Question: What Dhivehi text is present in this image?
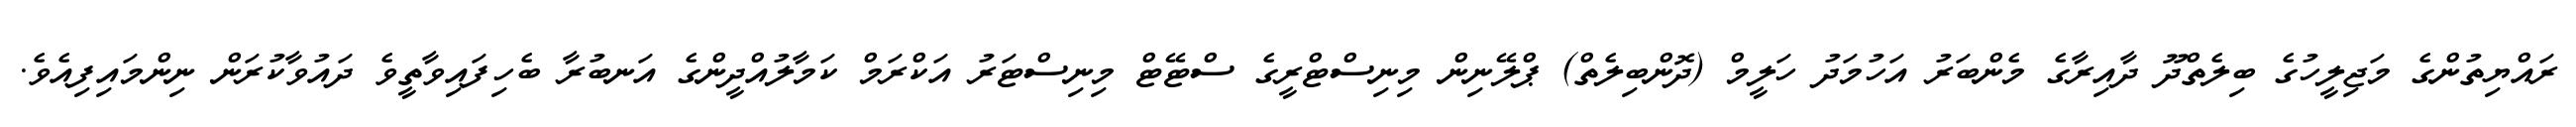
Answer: ރައްޔިތުންގެ މަޖިލީހުގެ ބިލެތްދޫ ދާއިރާގެ މެންބަރު އަހުމަދު ހަލީމް (ދޮންބިލެތް) ޕްލޭނިން މިނިސްޓްރީގެ ސްޓޭޓް މިނިސްޓަރު އަކްރަމް ކަމާލުއްދީންގެ އަނބުރާ ބެހިފައިވާތީވެ ދައުވާކުރަން ނިންމައިފިއެވެ.